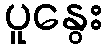
ပူနွေး